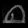
Digit: ၈